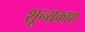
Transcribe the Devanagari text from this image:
शून्यकाश